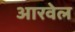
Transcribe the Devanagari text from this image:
आरवेल